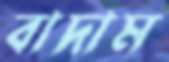
বাদাম